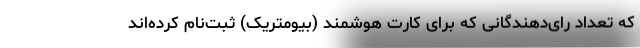
که تعداد رای‌دهندگانی که برای کارت هوشمند (بیومتریک) ثبت‌نام کرده‌اند